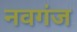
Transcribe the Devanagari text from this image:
नवगंज